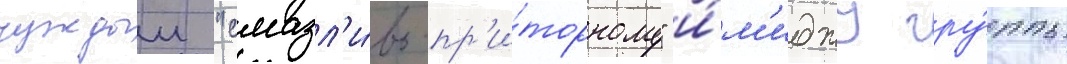
чуждыи "смазл'и́во-пр'и́торному" и́м'иджу гру́ппы